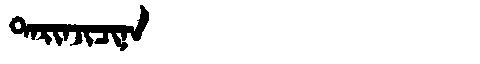
Manchu: ᡨᠠᡵᡳᠨᠵᡳᠴᡳᠨᠠ
Romanization: TARINJICINA